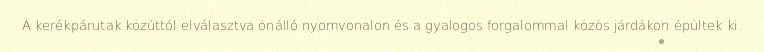
A kerékpárutak közúttól elválasztva önálló nyomvonalon és a gyalogos forgalommal közös járdákon épültek ki.